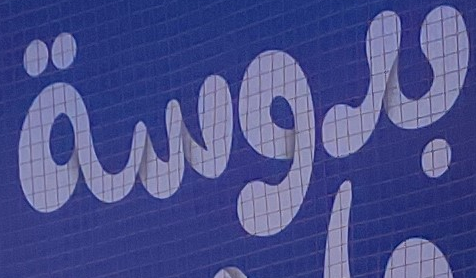
بدوسة